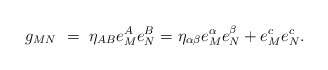
\begin{align*}g_{MN}~=~\eta_{AB} e_M^A e_N^B = \eta_{\alpha \beta} e_M^{\alpha} e_N^{\beta} +e_M^c e_N^c.\end{align*}